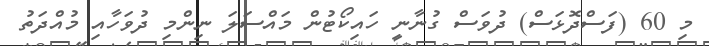
މި 60 (ފަސްދޮޅަސް) ދުވަސް ގުނާނީ ހައިކޯޓުން މައްސަލަ ނިންމި ދުވަހާއި މުއްދަތު